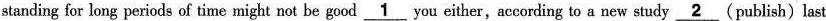
standing for long periods of time might not be good\underline{1} you either,according to a new study \underline{2}(publish) last